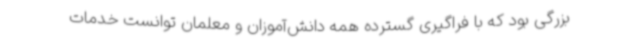
بزرگی بود که با فراگیری گسترده همه دانش‌آموزان و معلمان توانست خدمات